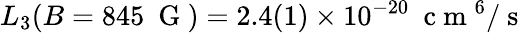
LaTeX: L_{3}(B=845~\mathrm{~G~})=2.4(1)\times 10^{-20}~\mathrm{~c~m~}^{6}/\mathrm{~s~}